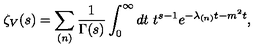
\zeta _ { V } ( s ) = \sum _ { ( n ) } \frac { 1 } { \Gamma ( s ) } \int _ { 0 } ^ { \infty } d t \ t ^ { s - 1 } e ^ { - \lambda _ { ( n ) } t - m ^ { 2 } t } ,